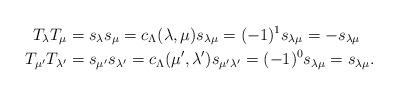
LaTeX: \begin{align*}T_\lambda T_\mu &= s_\lambda s_\mu = c_{\Lambda} ( \lambda , \mu ) s_{\lambda \mu} = (-1)^1 s_{\lambda \mu} = - s_{\lambda \mu} \\T_{\mu'} T_{ \lambda'} &= s_{\mu'} s_{\lambda'} = c_{\Lambda} ( \mu' , \lambda' ) s_{\mu'\lambda'} = (-1)^0 s_{\lambda \mu} = s_{\lambda \mu} .\end{align*}